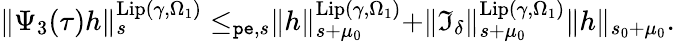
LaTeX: \begin{array}{r}{\rVert\Psi_{3}(\tau)h\rVert_{s}^{\mathrm{Lip}(\gamma,\Omega_{1})}\le_{\mathtt{pe},s}\rVert h\rVert_{s+\mu_{0}}^{\mathrm{Lip}(\gamma,\Omega_{1})}+\rVert\mathfrak{I}_{\delta}\rVert_{s+\mu_{0}}^{\mathrm{Lip}(\gamma,\Omega_{1})}\rVert h\rVert_{s_{0}+\mu_{0}}.}\end{array}